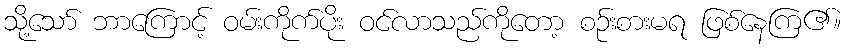
သို့သော် ဘာကြောင့် ဝမ်းကိုက်ပိုး ဝင်လာသည်ကိုတော့ စဉ်းစားမရ ဖြစ်နေကြ၏။